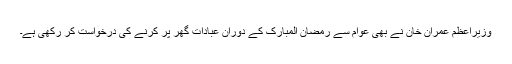
وزیراعظم عمران خان نے بھی عوام سے رمضان المبارک کے دوران عبادات گھر پر کرنے کی درخواست کر رکھی ہے۔